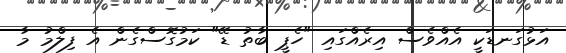
އަޅުގަނޑަކީ އެއްވެސް އިރެއްގައި "ހެޕީ ބާތު ޑޭ" ކަމުގޮސްގެން އެ ފިލްމު މާ